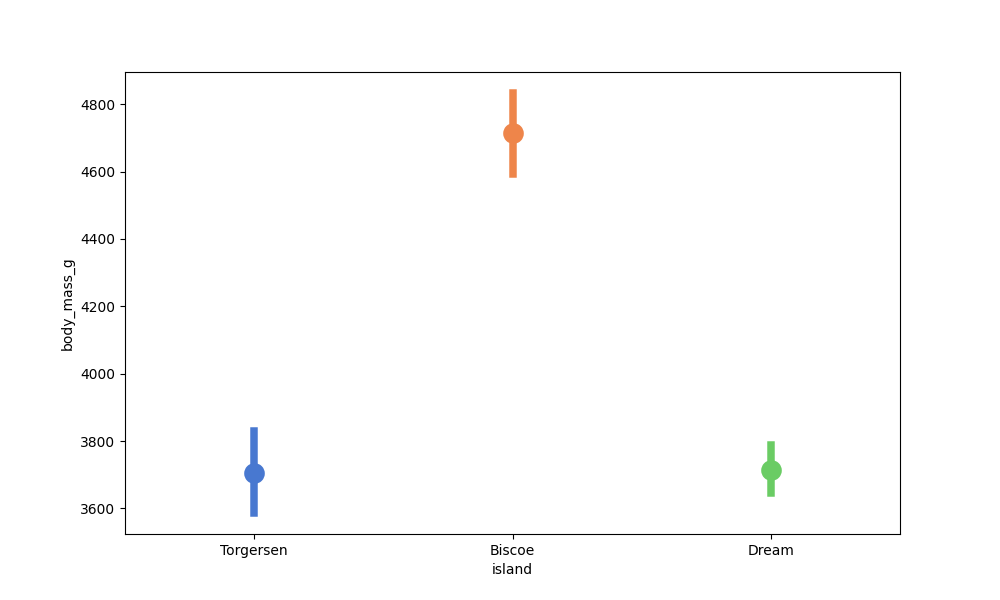
python, seaborn, pointplot, scale=2.0, join=True, hue='None', palette='muted'